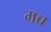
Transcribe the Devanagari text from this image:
मच्च